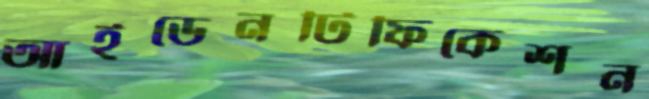
আইডেনটিফিকেশন